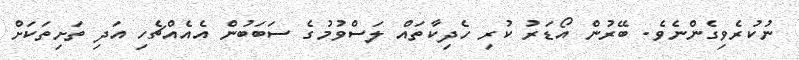
ނުކުރެވިގެންނެވެ. ބޭރުން އޯޑަރު ކުރި ހެދިކާތައް ލަސްވުމުގެ ސަބަބުން އެއެއްޗެހި އަދި ތަށިތަކަށް